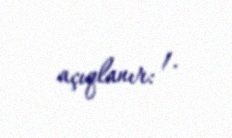
açıqlanır: 1.